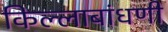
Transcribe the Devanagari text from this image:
किल्लाबांधणी